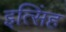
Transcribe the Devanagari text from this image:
इत्सिंह